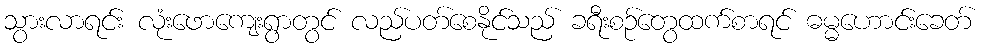
သွားလာရင်း လုံးဖောကျေးရွာတွင် လည်ပတ်စေနိုင်သည် ခရီးစဉ်တွေထက်စာရင် ဓမ္မဟောင်းခေတ်